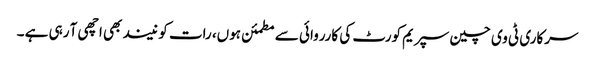
سرکاری ٹی وی چین سپریم کورٹ کی کارروائی سے مطمئن ہوں، رات کو نیند بھی اچھی آ رہی ہے ۔